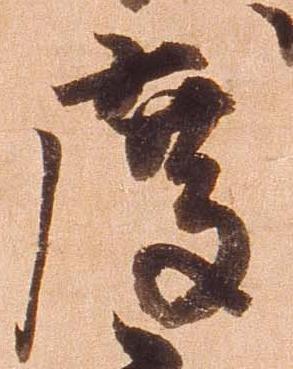
度